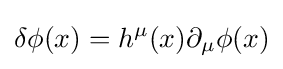
\delta \phi (x)=h^{\mu }(x)\partial _{\mu }\phi (x)